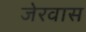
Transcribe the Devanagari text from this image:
जेरवास